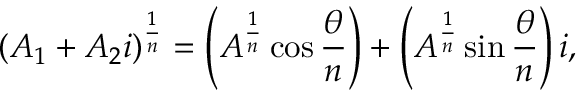
( A _ { 1 } + A _ { 2 } i ) ^ { \frac { 1 } { n } } = \left( A ^ { \frac { 1 } { n } } \cos \frac { \theta } { n } \right) + \left( A ^ { \frac { 1 } { n } } \sin \frac { \theta } { n } \right) i ,